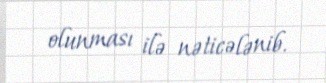
olunması ilə nəticələnib.